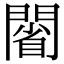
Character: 𨵥